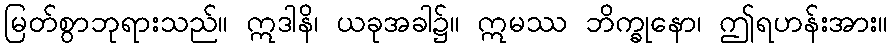
မြတ်စွာဘုရားသည်။ ဣဒါနိ၊ ယခုအခါ၌။ ဣမဿ ဘိက္ခုနော၊ ဤရဟန်းအား။